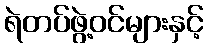
ရဲတပ်ဖွဲ့ဝင်များနှင့်